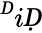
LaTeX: ^ḊiḌ